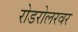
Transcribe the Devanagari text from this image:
रोडरोलरवर